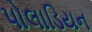
પોલાડિયન